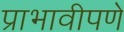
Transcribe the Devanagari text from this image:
प्राभावीपणे